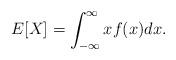
LaTeX: \begin{align*}E[X]=\int_{-\infty}^\infty x f(x) dx.\end{align*}